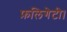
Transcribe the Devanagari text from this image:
फ़लिगेटी।